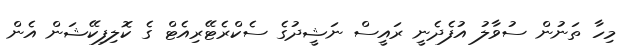
މިހާ ތަނުން ސުވާލު އުފެދެނީ ރައީސް ނަޝީދުގެ ސެކްރެޓޭރިއެޓް ގެ ކޮލިފިކޭޝަން އެން